Lunatic asylums Burma 1922-24 - 1922-1924
Year: 1922
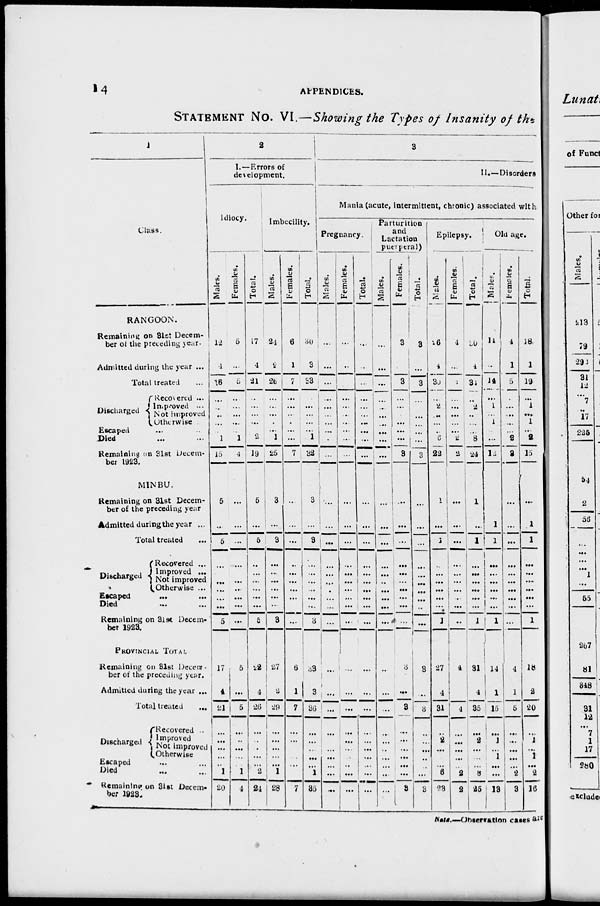
14
APPENDICES.
STATEMENT No. VI.—Showing the Types of Insanity of the
1
Class.
RANGOON.
Remaining on 31st Decem-
ber of the preceding year.
Admitted during the year ...
Total treated ...
Discharged
Recovered ...
Improved ...
Not improved
Otherwise ...
Escaped ... ...
Died ... ...
Remaining on 31st Decem-
ber 1923.
MINBU.
Remaining on 31st Decem-
ber of the preceding year
Admitted during the year ...
Total treated ...
Discharged
Recovered ...
Improved ...
Not improved
Otherwise ...
Escaped
...
...
Died ... ...
Remaining on 31st Decem-
ber 1923.
PROVINCIAL TOTAL
Remaining on 31st Decem-
ber of the preceding year.
Admitted during the year ...
Total treated
...
Discharged
Recovered ...
Improved
Not improved
Otherwise
Escaped ... ...
Died ... ...
Remaining on 31st Decem-
ber 1923.
2
I.—Errors of
development.
Idiocy.
Males.
12
4
16
...
...
...
...
...
1
15
5
...
5
...
...
...
..
...
...
5
17
4
21
...
...
...
...
...
1
20
Females.
5
...
5
...
...
...
...
...
1
4
...
...
...
...
...
...
...
...
...
...
5
...
5
...
...
...
...
...
1
4
Total.
17
4
21
...
...
...
...
...
2
19
5
...
5
...
...
...
...
...
...
5
22
4
26
...
...
...
...
...
2
24
Imbecility.
Males.
24
2
26
...
...
...
...
...
1
25
3
...
3
...
...
...
...
...
...
3
27
2
29
...
...
...
...
...
1
28
Females.
6
1
7
...
...
...
...
...
...
7
...
...
...
...
...
...
...
...
...
...
6
1
7
...
...
...
...
...
...
7
Total.
30
3
33
...
...
...
...
...
1
32
3
...
3
...
...
...
...
...
...
3
33
3
36
...
...
...
...
...
1
35
3
II.—Disorders
Mania (acute, intermittent, chronic) associated with
Pregnancy.
Males.
...
...
...
...
...
...
...
...
...
...
...
...
...
...
...
...
...
...
...
...
...
...
...
...
...
...
...
...
...
...
Females.
...
...
...
...
...
...
...
...
...
...
...
...
...
...
...
...
...
...
...
...
...
...
...
...
...
...
...
...
...
...
Total.
...
...
...
...
...
...
...
...
...
...
...
...
...
...
...
...
...
...
...
...
...
...
...
...
...
...
...
...
...
...
Parturition
and
Lactation
puerperal)
Males.
...
...
...
...
...
...
...
...
...
...
...
...
...
...
...
...
...
...
...
...
...
...
...
...
...
...
...
...
...
...
Females.
3
...
3
...
...
...
...
...
...
3
...
...
...
...
...
...
...
...
...
...
3
...
3
...
...
...
...
...
...
3
Total.
3
. . .
3
...
...
...
...
...
...
3
...
...
...
...
...
...
...
...
...
...
3
...
3
...
...
...
...
...
...
3
Epilepsy.
Males.
26
4
30
...
2
...
...
...
6
22
1
...
1
...
...
...
...
...
...
1
27
4
31
...
2
...
...
...
6
23
Females.
4
...
4
...
...
...
...
...
2
2
...
...
...
...
...
...
...
...
...
...
4
...
4
...
...
...
...
...
2
2
Total.
30
4
34
...
2
...
...
...
8
24
1
...
1
...
...
...
...
...
...
1
31
4
35
...
2
...
...
...
8
25
Old age.
Males.
14
...
14
...
1
...
1
...
...
12
...
1
1
...
...
...
...
...
...
1
14
1
15
...
1
...
1
...
...
13
Females.
4
1
5
...
...
...
...
...
2
3
...
...
...
...
...
...
...
...
...
...
4
1
5
...
...
...
...
...
2
3
Total.
18
1
19
...
1
...
1
...
2
15
...
1
1
...
...
...
...
...
...
1
18
2
20
...
1
...
1
...
2
16
Note.—Observation cases are